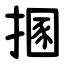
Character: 㨡